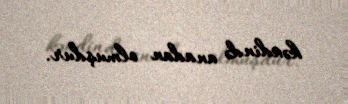
kəndində anadan olmuşdur.